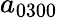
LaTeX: a_{0300}